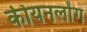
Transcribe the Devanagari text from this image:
कीयनलोंग